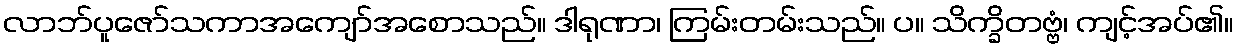
လာဘ်ပူဇော်သကာအကျော်အစောသည်။ ဒါရုဏာ၊ ကြမ်းတမ်းသည်။ ပ။ သိက္ခိတဗ္ဗံ၊ ကျင့်အပ်၏။